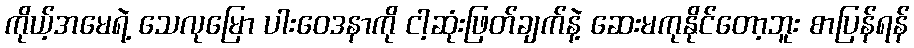
ကိုယ့်အမေရဲ့ သေလုမြော ပါးဝေဒနာကို ငါ့ဆုံးဖြတ်ချက်နဲ့ ဆေးမကုနိုင်တော့ဘူး စာပြန်ရန်